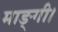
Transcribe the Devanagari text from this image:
माङ्गी।